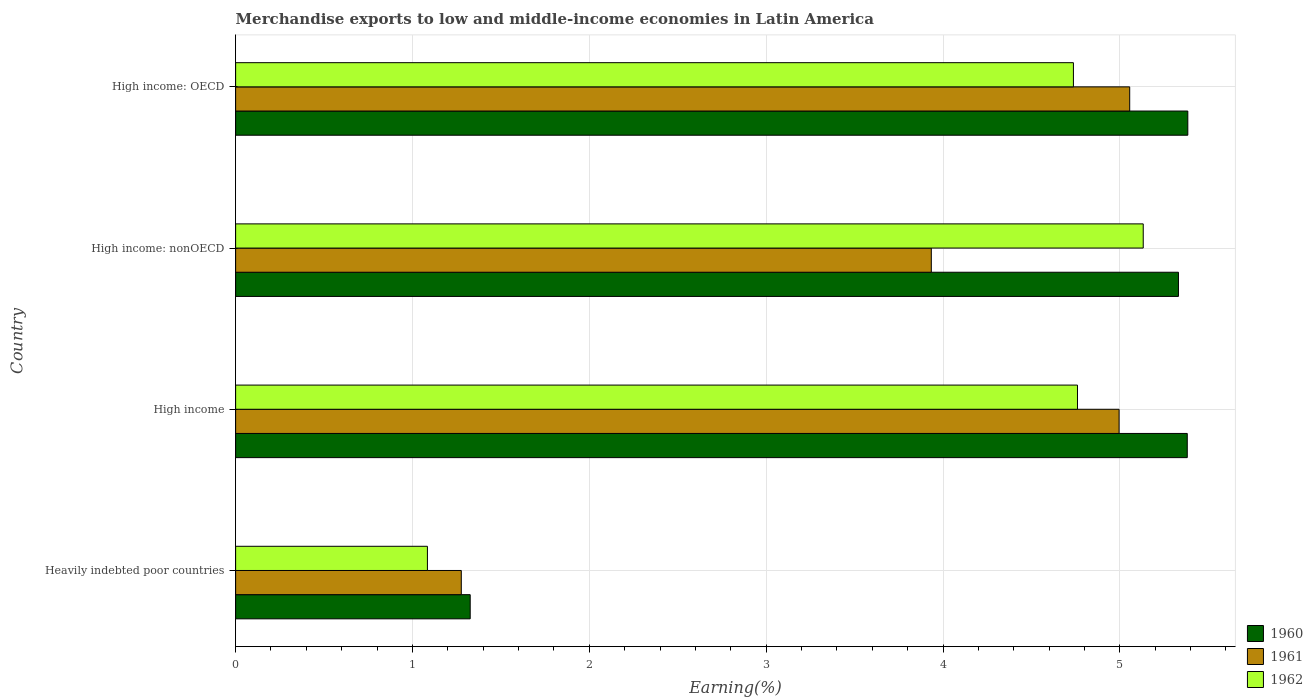
| Country | 1960 | 1961 | 1962 |
 | --- | --- | --- | --- |
 | Heavily indebted poor countries | 1.33 | 1.28 | 1.08 |
 | High income | 5.38 | 5 | 4.76 |
 | High income: nonOECD | 5.33 | 3.93 | 5.13 |
 | High income: OECD | 5.38 | 5.06 | 4.74 |